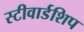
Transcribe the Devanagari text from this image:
स्टीवार्डशिप